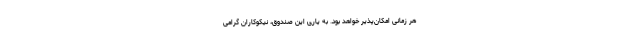
هر زمانی امکان‌پذیر خواهد بود. به یاری این صندوق، نیکوکاران گرامی